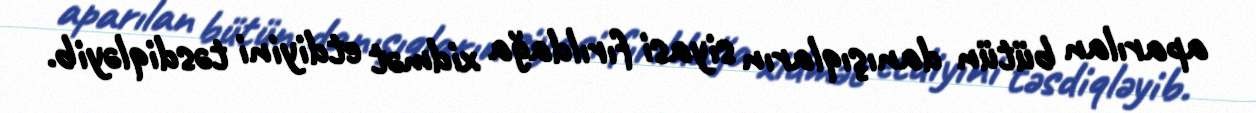
aparılan bütün danışıqların siyasi fırıldağa xidmət etdiyini təsdiqləyib.